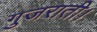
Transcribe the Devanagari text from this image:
गुजराती।